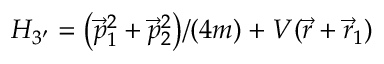
{ H _ { 3 ^ { \prime } } = \big ( \vec { p } _ { 1 } ^ { 2 } + \vec { p } _ { 2 } ^ { 2 } \big ) / ( 4 m ) + V ( \vec { r } + \vec { r } _ { 1 } ) }